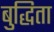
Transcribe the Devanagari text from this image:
बुद्धिता